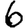
Digit: 6